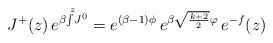
\begin{align*} J^+(z)\,e^{\beta\!\int\limits^{\;z}\! J^0}= e^{(\beta-1)\phi}\,e^{\beta\sqrt{\frac{k+2}{2}}\varphi}\,e^{-f}(z)\end{align*}